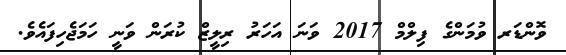
ވޮންޑަރ ވުމަންގެ ފިލްމް 2017 ވަނަ އަހަރު ރިލީޒް ކުރަން ވަނީ ހަމަޖެހިފައެވެ.